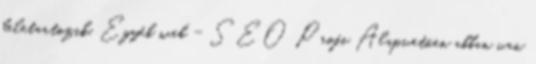
beletartozik. Egyéb web - SEO Profi Alapvetõen abban van